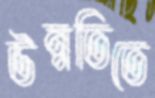
উন্নতিতে